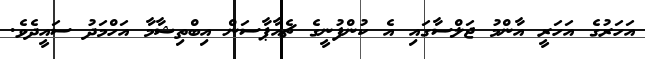
އަހަރުގެ އަހަރީ އާންމު ޖަލްސާގައި އެ ކުންފުނީގެ ޗެއާޕާސަން އިބްތިޝާމާ އަހްމަދު ސައީދެވެ.